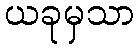
ယခုမှသာ